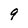
Character: 9